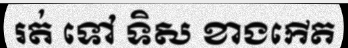
រត់ ទៅ ទិស ខាងកើត